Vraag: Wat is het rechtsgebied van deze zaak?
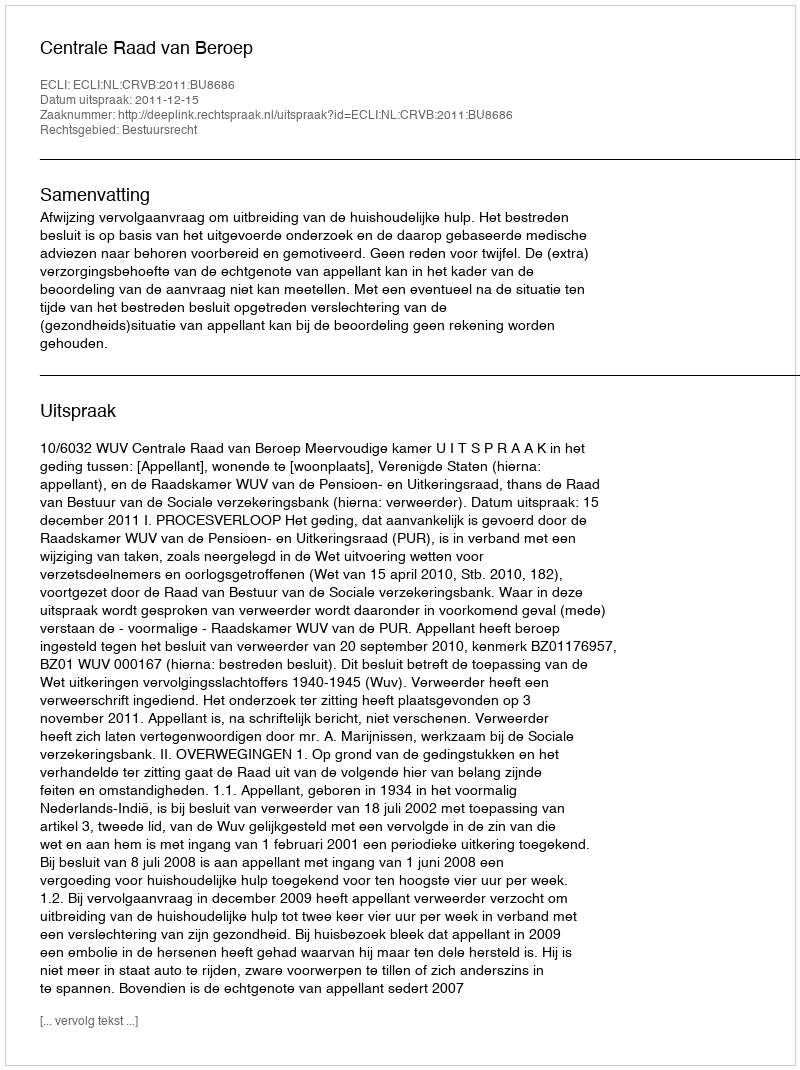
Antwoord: Bestuursrecht